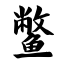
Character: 鳖